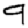
Digit: 9